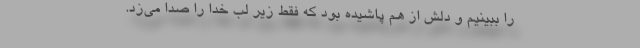
را ببینیم و دلش از هم پاشیده بود که فقط زیر لب خدا را صدا می‌زد.